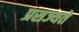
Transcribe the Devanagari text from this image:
प्रसज्यते